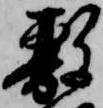
敷